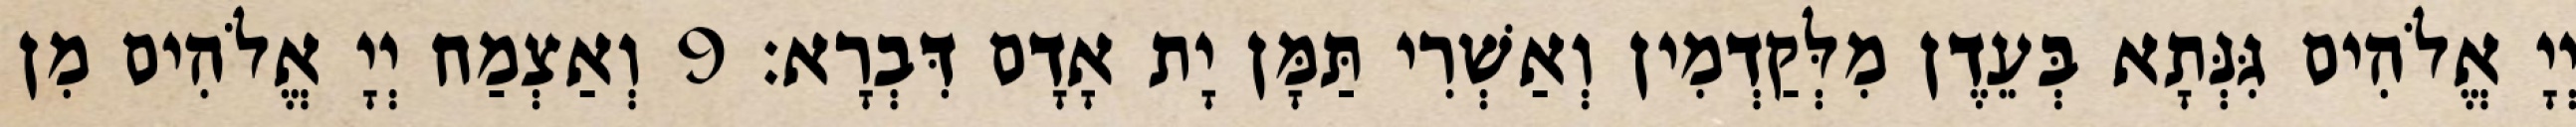
יְיָ אֱלֹהִים גִּנְּתָא בְּעֵדֶן מִלְּקַדְמִין וְאַשְׁרִי תַּמָּן יָת אָדָם דִּבְרָא׃ 9 וְאַצְמַח יְיָ אֱלֹהִים מִן